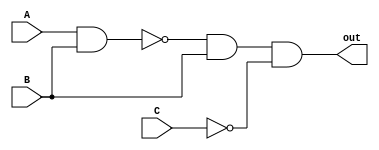
module fig_1(input A, input B, input C, output out);
  wire outNand, outNeg, outAnd;
  
  nand(outNand, A, B);
  not(outNeg, C);
  and(outAnd,outNand, B, outNeg);
  
  assign out = outAnd;
  
  
endmodule